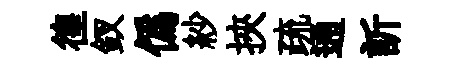
徨釵僞紗挾疏通訢